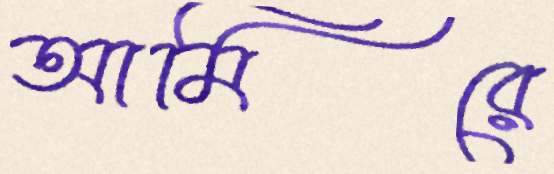
আমিরে